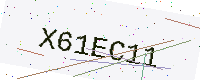
Text: X61EC11